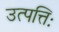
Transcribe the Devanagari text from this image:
उत्पत्तिः